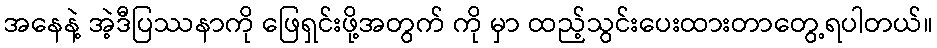
အနေနဲ့ အဲ့ဒီပြဿနာကို ဖြေရှင်းဖို့အတွက် ကို မှာ ထည့်သွင်းပေးထားတာတွေ့ရပါတယ်။